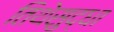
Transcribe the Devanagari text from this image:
तिथेसुद्धा